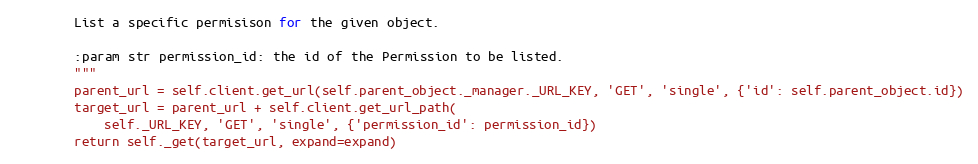
Language: Python
        List a specific permisison for the given object.

        :param str permission_id: the id of the Permission to be listed.
        """
        parent_url = self.client.get_url(self.parent_object._manager._URL_KEY, 'GET', 'single', {'id': self.parent_object.id})
        target_url = parent_url + self.client.get_url_path(
            self._URL_KEY, 'GET', 'single', {'permission_id': permission_id})
        return self._get(target_url, expand=expand)